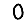
Digit: 0